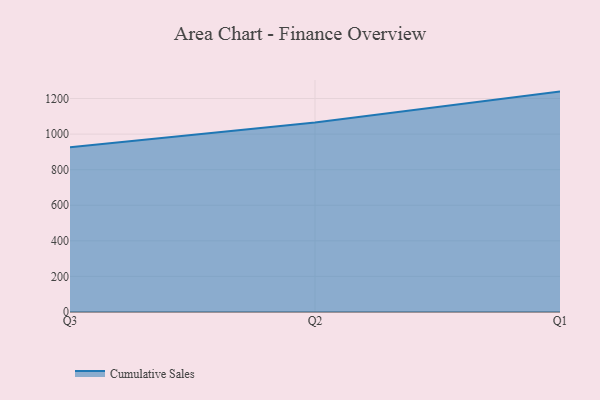
{"axis": {"x": "Quarter", "y": "Demand Index"}, "legend": ["Cumulative Sales"], "data": [{"x": "Q3", "y": 925.7, "type": "Cumulative Sales"}, {"x": "Q2", "y": 1065.6, "type": "Cumulative Sales"}, {"x": "Q1", "y": 1238.8, "type": "Cumulative Sales"}]}